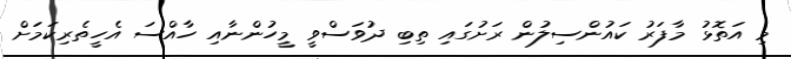
މި އަތޮޅު މާފަރު ކައުންސިލުން ރަށުގައި ތިބި ދުވަސްވީ މީހުންނާއި ހާއްސަ އެހީތެރިކަމަށް